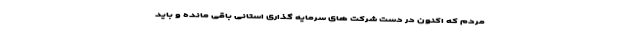
مردم که اکنون در دست شرکت های سرمایه گذاری استانی باقی مانده و باید